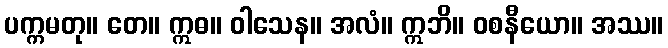
ပက္ကမတု။ တေ။ ဣဓ။ ဝါသေန။ အလံ။ ဣဘိ။ ဝစနီယော။ အဿ။